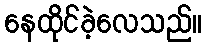
နေထိုင်ခဲ့လေသည်။